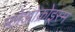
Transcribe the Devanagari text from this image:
प्लेओक्रोइस्म